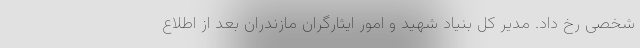
شخصی رخ داد. مدیر کل بنیاد شهید و امور ایثارگران مازندران بعد از اطلاع